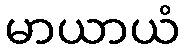
မာယာယံ